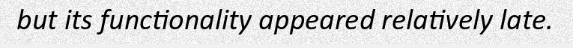
but its functionality appeared relatively late.